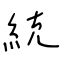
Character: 統